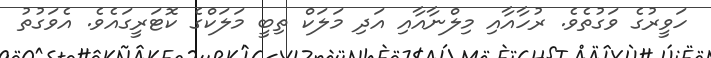
ހަވީރުގެ ވަގުތެވެ. ރުހާއާއި މިލްނާއާއި އަދި މަލަކް ތިބީ މަލަކްގެ ކޮޓަރީގައެވެ. އެވަގުތު